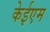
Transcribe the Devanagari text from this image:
केईएम